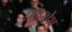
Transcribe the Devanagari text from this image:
द्वादशेश